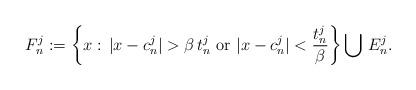
LaTeX: \begin{align*}F^j_n:=\left\{x:\,|x-c^j_n|>\beta\,t^j_n\,\,{\rm or}\,\,|x-c^j_n|<\frac{t^j_n}{\beta}\right\}\bigcup\,E^j_n.\end{align*}